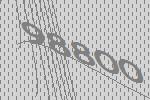
98800